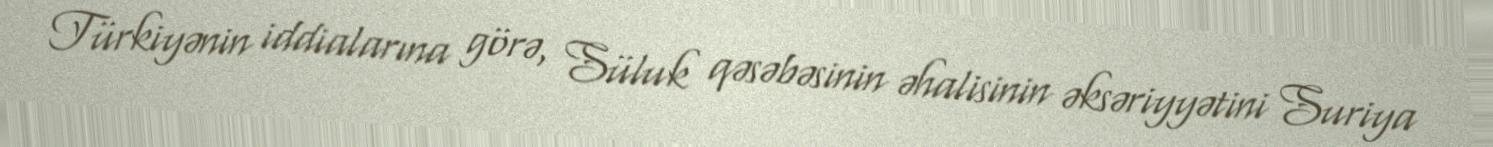
Türkiyənin iddialarına görə, Süluk qəsəbəsinin əhalisinin əksəriyyətini Suriya